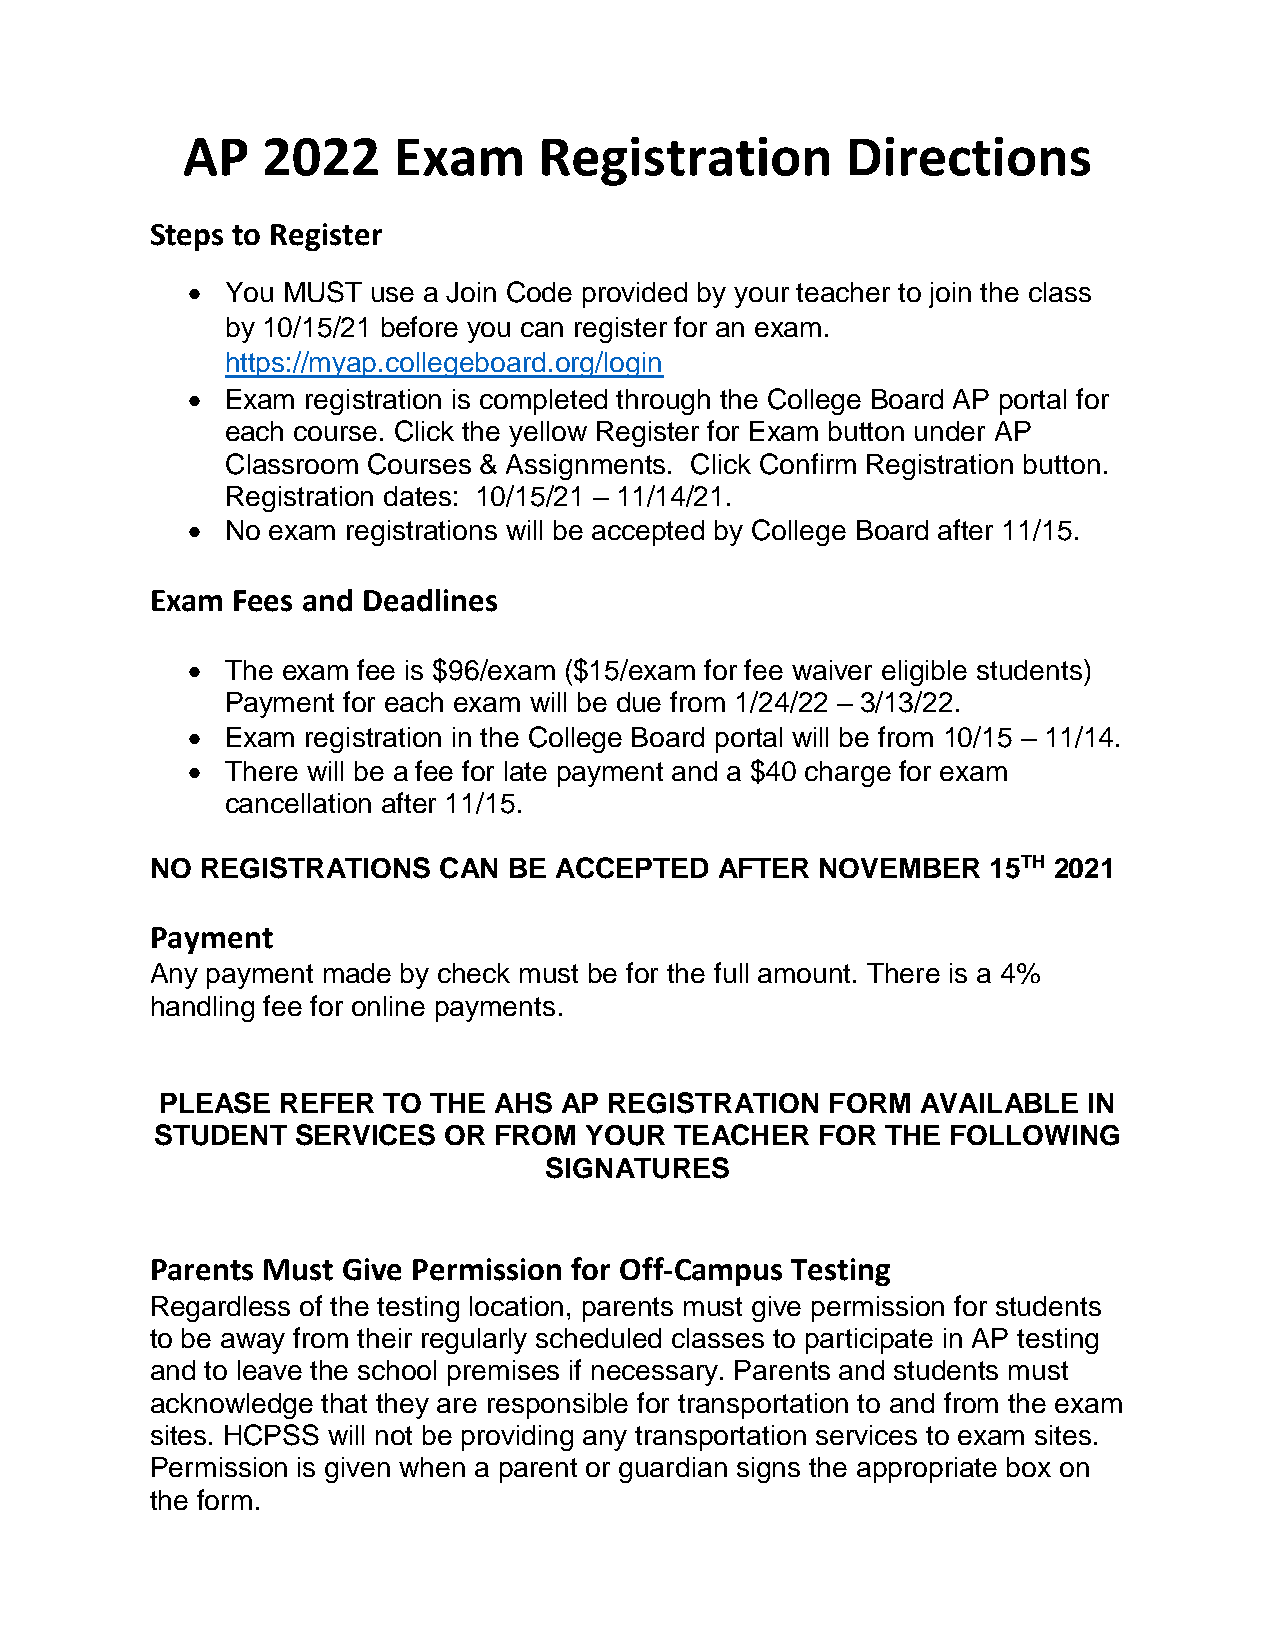
AP   2022     Exam      Registration        Directions
 Steps to Register
   You MUST  use a Join Code provided by your teacher to join the class
 by 10/15/21 before you can register for an exam.
 https://myap.collegeboard.org/login
   Exam registration is completed through the College Board AP portal for
 each course. Click the yellow Register for Exam button under AP
 Classroom Courses & Assignments. Click Confirm Registration button.
 Registration dates: 10/15/21 – 11/14/21.
   No exam registrations will be accepted by College Board after 11/15.
 Exam Fees and Deadlines
   The exam fee is $96/exam ($15/exam for fee waiver eligible students)
 Payment for each exam will be due from 1/24/22 – 3/13/22.
   Exam registration in the College Board portal will be from 10/15 – 11/14.
   There will be a fee for late payment and a $40 charge for exam
 cancellation after 11/15.
 NO REGISTRATIONS   CAN  BE ACCEPTED   AFTER NOVEMBER   15TH 2021
 Payment
 Any payment made by check must be for the full amount. There is a 4%
 handling fee for online payments.
 PLEASE REFER  TO THE  AHS AP REGISTRATION   FORM  AVAILABLE  IN
 STUDENT   SERVICES OR  FROM  YOUR  TEACHER  FOR  THE FOLLOWING
 SIGNATURES
 Parents Must Give Permission for Off-Campus Testing
 Regardless of the testing location, parents must give permission for students
 to be away from their regularly scheduled classes to participate in AP testing
 and to leave the school premises if necessary. Parents and students must
 acknowledge that they are responsible for transportation to and from the exam
 sites. HCPSS will not be providing any transportation services to exam sites.
 Permission is given when a parent or guardian signs the appropriate box on
 the form.